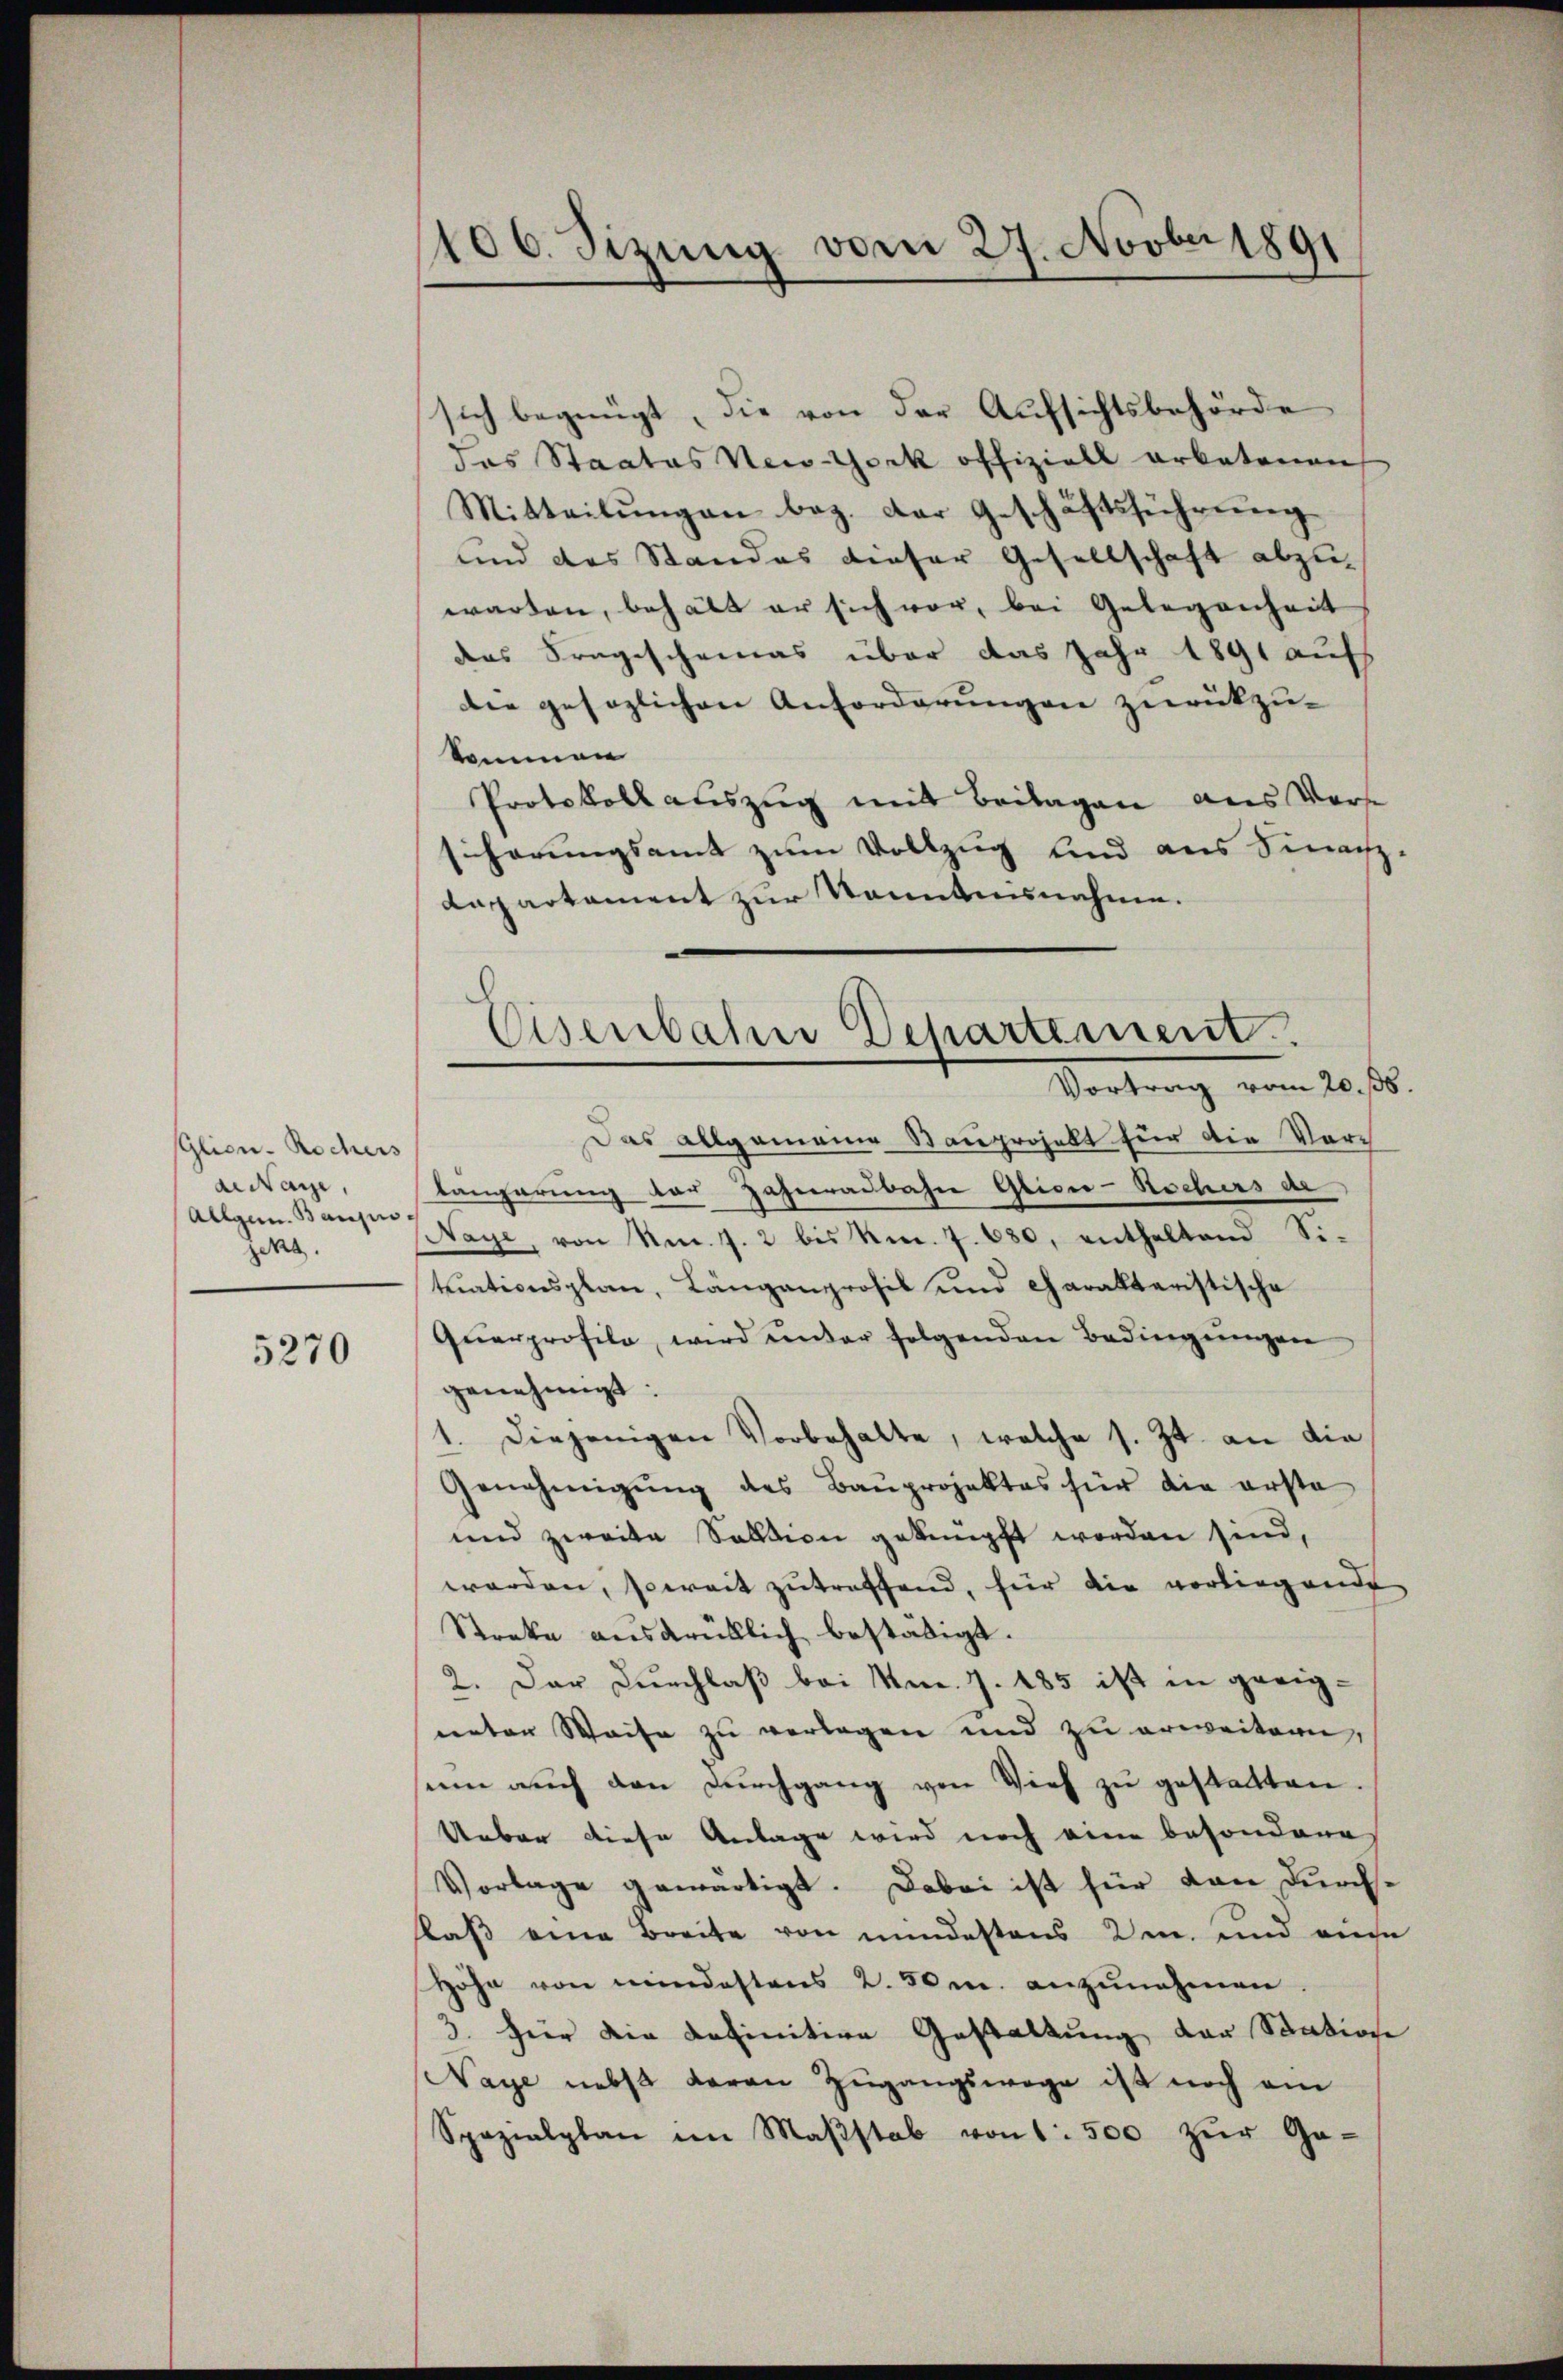
Glion. Rochers
denare,
Allgem. Bangin,
jekt.

5270

106. Sizung vom 27. Novber 1891

sich begnügt, die von der Aufsichtsbehörde
das Staates New-York offiziell arbetenen
Mitteilŭngen bez. der Geschäftsführŭng
und das Standes dieser Gesellschaft abzuwarten, behält er sich vor, bei Gelegenheit
ders Fragescheines über das Jahr 1891 auf
die gesezlichen Anforderungen zurückzu-
kommen
Protokoll auszug mit Beilagen aus Vors
sicherungsamt zum Vollzug und aus Sinachz
Rappartament zur Sonntensnahme.
Das allgemeine Stauprojekt für die Vorlangerung der Zahnradbahn Glicco-Rochers an
Naye, von Nr. 7. 2 bis Nr. 7. 630, enthaltend Si-
tuationsplan, Längenprofil und charakteristische
Qŭerprofile, wird ŭnter folgenden Bedingŭngen
genehmigt:
1. diejenigen Vorbehalte, welche s. Zt. an die
Genehmigŭng des Baŭprojektes für die erste
und zweite Solltion geknüpft worden sind,
werden, soweit zutreffend, für die vorliegende
Streke ausdrüklich bestätigt.
2. Der Durchlaß bei Nm. J. 185 ist in geeignnten Weise zu verlegen und zu erweitern,
um auch den Durchgang von Vieh zu gestatten.
Ueber diese Anlage wird noch eine besondere
Vorlage gewärtigt. Dabei ist für den durchkas eine Breite von mindestens den und eine
Höhe von mindestens 2. 50 r. anzunehmen
3. Hier die definitive Gestaltung der Statione
Naye nebst daran Zugangswage ist noch am
Spezialplan im Maβstab von 1 500 zur Ge-

Eisenbahn Departement.
Vortrag vom 20. ß.